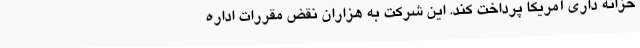
خزانه داری آمریکا پرداخت کند. این شرکت به هزاران نقض مقررات اداره